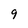
Character: 9